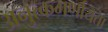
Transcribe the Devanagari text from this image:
अनुत्कमर्णायता